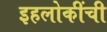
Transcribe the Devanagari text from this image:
इहलोकींची